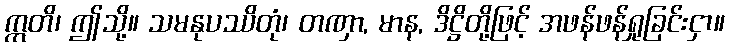
ဣတိ၊ ဤသို့။ သမနုပဿိတုံ၊ တဏှာ, မာန, ဒိဋ္ဌိတို့ဖြင့် အဖန်ဖန်ရှုခြင်းငှာ။